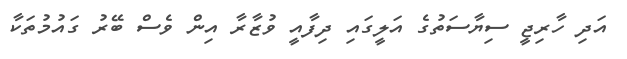
އަދި ހާރިޖީ ސިޔާސަތުގެ އަލީގައި ދިފާއީ ވުޒާރާ އިން ވެސް ބޭރު ގައުމުތަކާ